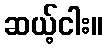
ဆယ့်ငါး။